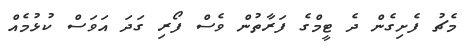
މެޗު ފެށިގެން ދެ ޓީމްގެ ފަރާތުން ވެސް ފޯރި ގަދަ އަވަސް ކުޅުމެއް